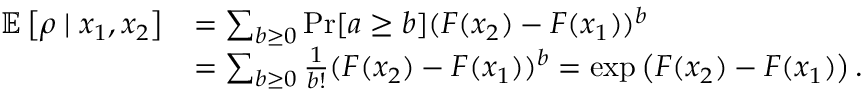
\begin{array} { r l } { \mathbb { E } \left[ \rho \mid x _ { 1 } , x _ { 2 } \right] } & { = \sum _ { b \ge 0 } \operatorname* { P r } [ a \ge b ] ( F ( x _ { 2 } ) - F ( x _ { 1 } ) ) ^ { b } } \\ & { = \sum _ { b \ge 0 } \frac { 1 } { b ! } ( F ( x _ { 2 } ) - F ( x _ { 1 } ) ) ^ { b } = \exp \left( F ( x _ { 2 } ) - F ( x _ { 1 } ) \right) . } \end{array}